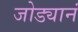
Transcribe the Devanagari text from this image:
जोड्यानं